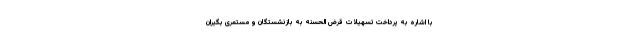
با اشاره به پرداخت تسهیلات قرض الحسنه به بازنشستگان و مستمری بگیران